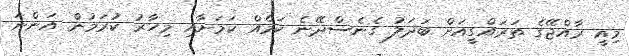
މިއީ ރާއްޖޭގެ ތަރައްގީއަށް ބަދަލު ގެނެސްދޭނެ ކަމެއް ކަމަށާއި މިހާރު ކުރަމުން އަންނަ